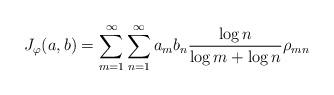
LaTeX: \begin{align*} J_\varphi(a,b) = \sum_{m=1}^\infty \sum_{n=1}^\infty a_m b_n \frac{\log n}{\log m + \log n} \rho_{mn} \end{align*}